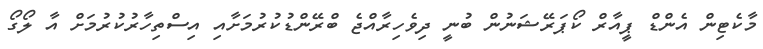
މާކެޓިން އެންޑް ޕީއާރް ކޯޕަރޭޝަނުން ބުނީ ދިވެހިރާއްޖެ ބްރޭންޑުކުރުމަށާއި އިސްތިހާރުކުރުމަށް އާ ލޯގޯ